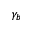
\gamma _ { b }